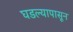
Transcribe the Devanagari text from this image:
घडल्यापासून